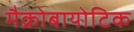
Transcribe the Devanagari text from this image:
मैक्रोबायोटिक